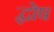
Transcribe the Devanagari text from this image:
द्घोष